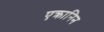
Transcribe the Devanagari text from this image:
एक्रानिन